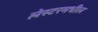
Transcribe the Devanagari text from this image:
लेस्टरमधील